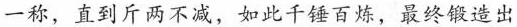
一称，直到斤两不减，如此千锤百炼，最终锻造出